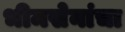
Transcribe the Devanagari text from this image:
भीमसेनांचा